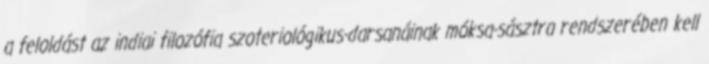
a feloldást az indiai filozófia szoteriológikus-darsanáinak móksa-sásztra rendszerében kell